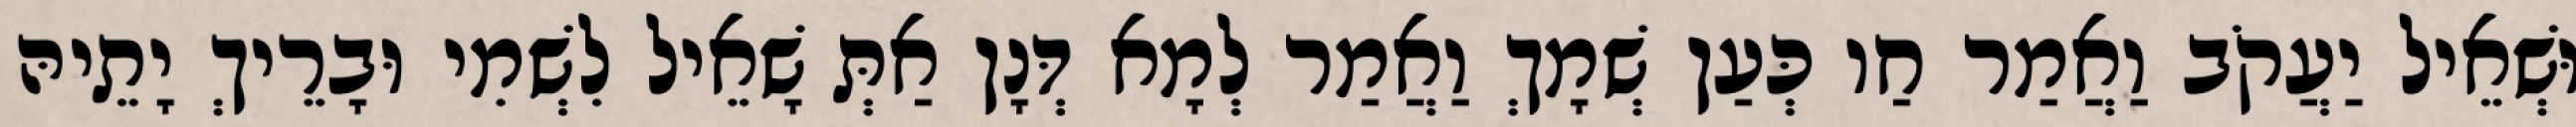
וּשְׁאֵיל יַעֲקֹב וַאֲמַר חַו כְּעַן שְׁמָךְ וַאֲמַר לְמָא דְּנָן אַתְּ שָׁאֵיל לִשְׁמִי וּבָרֵיךְ יָתֵיהּ